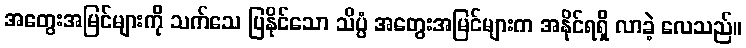
အတွေးအမြင်များကို သက်သေ ပြနိုင်သော သိပ္ပံ အတွေးအမြင်များက အနိုင်ရရှိ လာခဲ့ လေသည်။